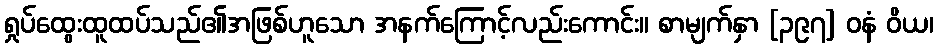
ရှုပ်ထွေးထူထပ်သည်၏အဖြစ်ဟူသော အနက်ကြောင့်လည်းကောင်း။ စာမျက်နှာ [၃၉၇] ဝနံ ဝိယ၊